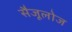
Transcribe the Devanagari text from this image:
सैजूलोज